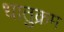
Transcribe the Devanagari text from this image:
धातुक्रम